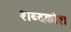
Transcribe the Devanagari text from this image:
शब्‍दकोश